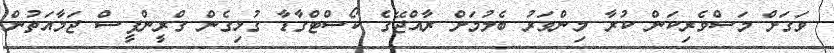
ވަގަށް މަސްވެރިކަން ކުރާ މިންވަރު ބެލުމަށް ރާއްޖޭގެ ކޯސްޓްގާޑާ ގުޅިގެން ގްރީންޕީސް ޖަމާއަތުން